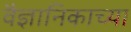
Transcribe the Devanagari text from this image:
वैज्ञानिकाच्या